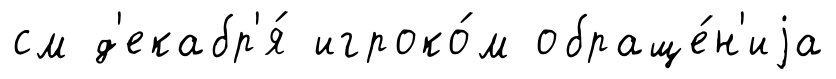
см д'екабр'я́ игроко́м обраще́н'иjа